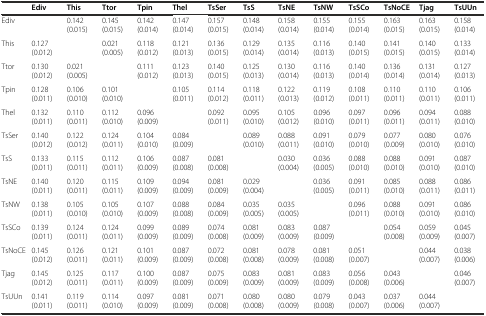
<table><thead><tr><td></td><td><b>Ediv</b></td><td><b>This</b></td><td><b>Ttor</b></td><td><b>Tpin</b></td><td><b>Thel</b></td><td><b>TsSer</b></td><td><b>TsS</b></td><td><b>TsNE</b></td><td><b>TsNW</b></td><td><b>TsSCo</b></td><td><b>TsNoCE</b></td><td><b>Tjag</b></td><td><b>TsUUn</b></td></tr></thead><tbody><tr><td>Ediv</td><td></td><td>0.142 (0.015)</td><td>0.145 (0.015)</td><td>0.142 (0.014)</td><td>0.147 (0.014)</td><td>0.157 (0.015)</td><td>0.148 (0.014)</td><td>0.158 (0.014)</td><td>0.155 (0.014)</td><td>0.155 (0.014)</td><td>0.163 (0.015)</td><td>0.163 (0.015)</td><td>0.158 (0.014)</td></tr><tr><td>This</td><td>0.127 (0.012)</td><td></td><td>0.021 (0.005)</td><td>0.118 (0.012)</td><td>0.121 (0.013)</td><td>0.136 (0.015)</td><td>0.129 (0.014)</td><td>0.135 (0.014)</td><td>0.116 (0.013)</td><td>0.140 (0.015)</td><td>0.141 (0.015)</td><td>0.140 (0.015)</td><td>0.133 (0.014)</td></tr><tr><td>Ttor</td><td>0.130 (0.012)</td><td>0.021 (0.005)</td><td></td><td>0.111 (0.012)</td><td>0.123 (0.013)</td><td>0.140 (0.015)</td><td>0.125 (0.013)</td><td>0.130 (0.014)</td><td>0.116 (0.013)</td><td>0.140 (0.014)</td><td>0.136 (0.014)</td><td>0.131 (0.014)</td><td>0.127 (0.013)</td></tr><tr><td>Tpin</td><td>0.128 (0.011)</td><td>0.106 (0.010)</td><td>0.101 (0.010)</td><td></td><td>0.105 (0.011)</td><td>0.114 (0.012)</td><td>0.118 (0.011)</td><td>0.122 (0.013)</td><td>0.119 (0.012)</td><td>0.108 (0.011)</td><td>0.110 (0.011)</td><td>0.110 (0.011)</td><td>0.106 (0.011)</td></tr><tr><td>Thel</td><td>0.132 (0.011)</td><td>0.110 (0.011)</td><td>0.112 (0.010)</td><td>0.096 (0.009)</td><td></td><td>0.092 (0.011)</td><td>0.095 (0.010)</td><td>0.105 (0.012)</td><td>0.096 (0.010)</td><td>0.097 (0.011)</td><td>0.096 (0.011)</td><td>0.094 (0.011)</td><td>0.088 (0.010)</td></tr><tr><td>TsSer</td><td>0.140 (0.012)</td><td>0.122 (0.012)</td><td>0.124 (0.011)</td><td>0.104 (0.010)</td><td>0.084 (0.009)</td><td></td><td>0.089 (0.010)</td><td>0.088 (0.011)</td><td>0.091 (0.010)</td><td>0.079 (0.010)</td><td>0.077 (0.009)</td><td>0.080 (0.010)</td><td>0.076 (0.010)</td></tr><tr><td>TsS</td><td>0.133 (0.011)</td><td>0.115 (0.011)</td><td>0.112 (0.011)</td><td>0.106 (0.009)</td><td>0.087 (0.008)</td><td>0.081 (0.008)</td><td></td><td>0.030 (0.004)</td><td>0.036 (0.005)</td><td>0.088 (0.010)</td><td>0.088 (0.010)</td><td>0.091 (0.010)</td><td>0.087 (0.010)</td></tr><tr><td>TsNE</td><td>0.140 (0.011)</td><td>0.120 (0.011)</td><td>0.115 (0.011)</td><td>0.109 (0.009)</td><td>0.094 (0.009)</td><td>0.081 (0.009)</td><td>0.029 (0.004)</td><td></td><td>0.036 (0.005)</td><td>0.091 (0.011)</td><td>0.085 (0.010)</td><td>0.088 (0.011)</td><td>0.086 (0.011)</td></tr><tr><td>TsNW</td><td>0.138 (0.011)</td><td>0.105 (0.010)</td><td>0.105 (0.010)</td><td>0.107 (0.009)</td><td>0.088 (0.008)</td><td>0.084 (0.009)</td><td>0.035 (0.005)</td><td>0.035 (0.005)</td><td></td><td>0.096 (0.011)</td><td>0.088 (0.010)</td><td>0.091 (0.010)</td><td>0.086 (0.010)</td></tr><tr><td>TsSCo</td><td>0.139 (0.011)</td><td>0.124 (0.011)</td><td>0.124 (0.011)</td><td>0.099 (0.009)</td><td>0.089 (0.009)</td><td>0.074 (0.008)</td><td>0.081 (0.009)</td><td>0.083 (0.009)</td><td>0.087 (0.009)</td><td></td><td>0.054 (0.008)</td><td>0.059 (0.009)</td><td>0.045 (0.007)</td></tr><tr><td>TsNoCE</td><td>0.145 (0.012)</td><td>0.126 (0.011)</td><td>0.121 (0.011)</td><td>0.101 (0.009)</td><td>0.087 (0.009)</td><td>0.072 (0.008)</td><td>0.081 (0.008)</td><td>0.078 (0.009)</td><td>0.081 (0.008)</td><td>0.051 (0.007)</td><td></td><td>0.044 (0.007)</td><td>0.038 (0.006)</td></tr><tr><td>Tjag</td><td>0.145 (0.012)</td><td>0.125 (0.011)</td><td>0.117 (0.011)</td><td>0.100 (0.009)</td><td>0.087 (0.009)</td><td>0.075 (0.009)</td><td>0.083 (0.009)</td><td>0.081 (0.009)</td><td>0.083 (0.009)</td><td>0.056 (0.008)</td><td>0.043 (0.006)</td><td></td><td>0.046 (0.007)</td></tr><tr><td>TsUUn</td><td>0.141 (0.011)</td><td>0.119 (0.011)</td><td>0.114 (0.010)</td><td>0.097 (0.009)</td><td>0.081 (0.009)</td><td>0.071 (0.008)</td><td>0.080 (0.008)</td><td>0.080 (0.009)</td><td>0.079 (0.008)</td><td>0.043 (0.007)</td><td>0.037 (0.006)</td><td>0.044 (0.007)</td><td></td></tr></tbody></table>